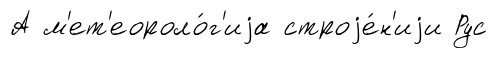
А м'ет'еороло́г'иjа строjе́н'иjи Рус